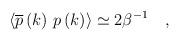
LaTeX: \begin{align*}\left\langle \overline{p}\left( k\right) \,p\left( k\right) \right\rangle\simeq 2\beta ^{-1} \quad,\end{align*}